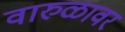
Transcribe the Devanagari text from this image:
वारुळावर